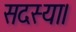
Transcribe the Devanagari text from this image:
सदस्या।